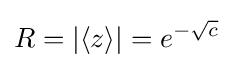
R=|\langle z\rangle |=e^{-{\sqrt {c}}}